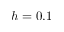
h = 0 . 1